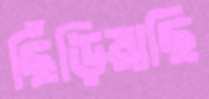
ছিঁড়িয়াছি